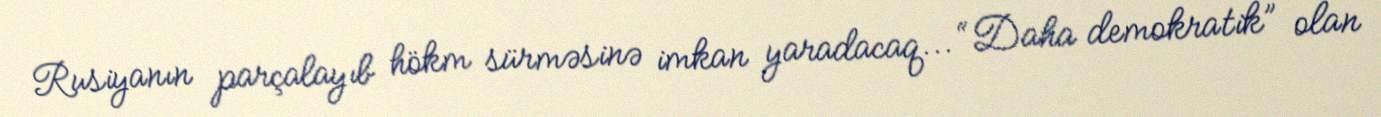
Rusiyanın parçalayıb hökm sürməsinə imkan yaradacaq... “Daha demokratik” olan